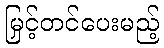
မြှင့်တင်ပေးမည့်